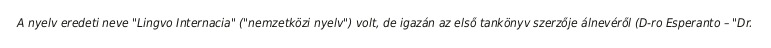
A nyelv eredeti neve "Lingvo Internacia" ("nemzetközi nyelv") volt, de igazán az első tankönyv szerzője álnevéről (D-ro Esperanto – "Dr.